Lunatic asylums in Bengal annual reports 1899-1911 - 1899-1911
Year: 1899
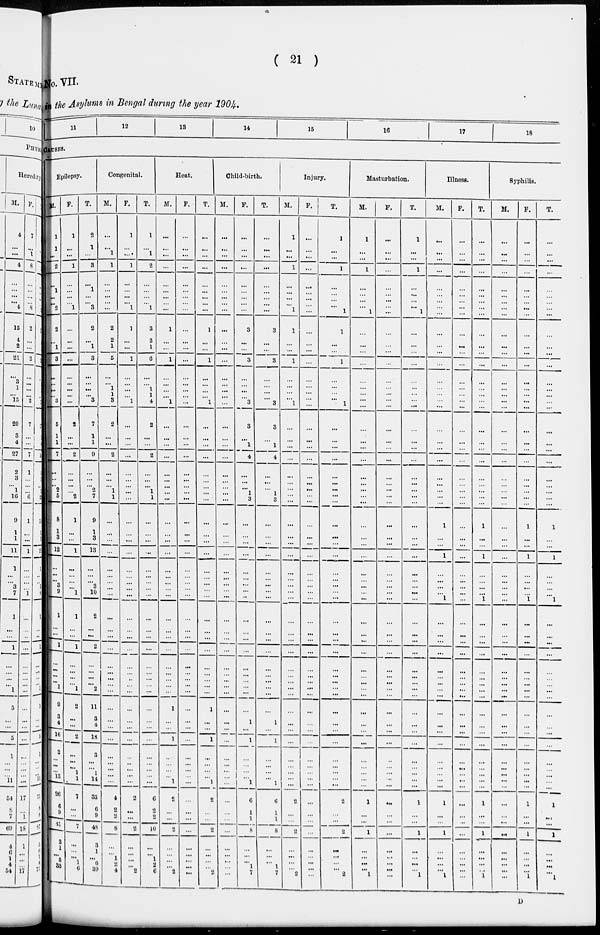
( 21 )
No. VII.
in the Asylums in Bengal during the year 1904.
11
12
13
14
15
16
17
18
CAUSES.
Epilepsy.
M.
1
1
...
2
...
1
...
...
2
2
...
1
3
...
...
...
...
3
5
1
1
7
...
...
...
2
5
8
1
3
12
...
...
...
3
9
1
...
...
1
...
...
...
...
1
9
3
4
16
3
...
...
...
13
26
6
9
41
3
1
...
5
33
F.
1
...
...
1
...
...
...
...
1
...
...
...
...
...
...
...
...
...
2
...
...
2
...
...
... ...
2
1
...
...
1
...
...
...
...
1
1
...
...
1
...
...
...
...
1
2
...
...
2
...
...
...
1
1
7
...
...
7
...
...
...
1
6
T.
2
1
...
3
...
1
...
...
3
2
...
1
3
...
...
...
...
3
7
1
1
9
...
...
...
2
7
9
1
3
13
...
...
...
3
10
2
...
...
2
...
...
...
... 2
11
3
4
18
3
...
...
1
14
33
6
9
48
3
1
...
6 39
Congenital.
M.
...
...
1
1
...
...
...
...
...
2
2
1
5
...
...
1
1
3
2
...
...
2
...
...
...
1
1
...
1
...
...
...
...
...
...
...
...
...
...
...
...
...
...
... ...
...
...
...
...
...
...
...
...
...
4
2
2
8
...
...
1
2
4
F.
1
...
...
1
...
...
...
...
1
1
...
...
1
...
...
...
...
1
...
...
...
...
...
...
...
...
...
...
...
...
...
...
...
...
...
...
...
...
...
...
...
...
...
...
...
...
...
...
...
...
...
...
...
...
2
...
...
2
...
...
...
... 2
T.
1
...
1
2
...
...
...
...
1
3
2
1
6
...
...
1
1
4
2
...
...
2
...
...
... 1
1
...
...
...
...
...
...
...
...
...
...
...
...
...
...
...
...
... ...
...
...
...
...
...
...
...
...
...
6
2
2
10
...
...
1
2 6
Heat.
M.
...
...
...
...
...
...
...
...
...
1
...
...
1
...
...
...
...
1
...
...
...
...
...
...
...
...
...
...
...
...
...
...
...
...
...
...
...
...
...
...
...
...
...
...
...
1
...
...
1
...
...
...
...
1
2
...
...
2
...
...
...
...
2
F.
...
...
...
...
...
...
...
...
...
...
...
...
...
...
...
...
...
...
...
...
...
...
...
...
...
...
...
...
...
...
...
...
...
...
...
...
...
...
...
...
...
...
...
...
...
...
...
...
...
...
...
...
...
...
...
...
...
...
...
...
...
...
...
T.
...
...
...
...
...
...
...
...
...
1
...
...
1
...
...
...
...
1
...
...
...
...
...
...
...
...
...
...
...
...
...
...
...
...
...
...
...
...
...
...
...
...
...
...
...
1
...
...
1
...
...
...
...
1
2
...
...
2
...
...
...
...
2
Child-birth.
M.
...
...
...
...
...
...
...
...
...
...
...
...
...
...
...
...
...
...
...
...
...
...
...
...
...
...
...
...
...
...
...
...
...
...
...
...
...
...
...
...
...
...
...
...
...
...
...
...
...
...
...
...
...
...
...
...
...
...
...
...
...
... ...
F.
...
...
...
...
...
...
...
...
...
3
...
...
3
...
...
...
...
3
3
...
1
4
...
...
... 1
3
...
...
...
...
...
...
...
...
...
...
...
...
...
...
...
...
...
...
...
1
...
1
...
...
...
...
1
6
1
1
3
...
...
...
1
7
T.
...
...
...
...
...
...
...
...
...
3
...
...
3
...
...
...
...
3
3
...
1
4
...
...
... 1
3
...
...
...
...
...
...
...
...
...
...
...
...
...
...
...
...
...
...
...
1
...
1
...
...
...
...
1
6
1
1
3
...
...
...
1
7
Injury.
M.
1
...
...
1
...
...
...
...
1
1
...
...
1
...
...
...
...
1
...
...
...
...
...
...
...
...
...
...
...
...
...
...
...
...
...
...
...
...
...
...
...
...
...
...
...
...
...
...
...
...
...
...
...
...
2
...
...
2
...
...
...
... 2
F.
...
...
...
...
...
...
...
...
...
...
...
...
...
...
...
...
...
...
...
...
...
...
...
...
...
...
...
...
...
...
...
...
...
...
...
...
...
...
...
...
...
...
...
...
...
...
...
...
...
...
...
...
...
...
...
...
...
...
...
...
...
...
...
T.
1
...
...
1
...
...
...
...
1
1
...
...
1
...
...
... ...
1
...
...
...
...
...
...
...
...
...
...
...
...
...
...
...
...
...
...
...
...
...
...
...
...
...
...
...
...
...
...
...
...
...
...
...
...
2
...
...
2
...
...
..
...
2
Masturbation.
M.
1
...
...
1
...
...
...
...
1
...
...
...
...
...
...
...
...
...
...
...
...
...
...
...
...
...
...
...
...
...
...
...
...
...
...
...
...
...
...
...
...
...
...
...
...
...
...
...
...
...
...
...
...
...
1
...
...
1
...
...
...
... 1
F.
...
...
...
...
...
...
...
...
...
...
...
...
...
...
...
...
...
...
...
...
...
...
...
...
...
...
...
...
...
...
...
...
...
...
...
...
...
...
...
...
...
...
...
...
...
...
...
...
...
...
...
...
...
...
...
...
...
...
...
...
...
...
...
T.
1
...
...
1
...
...
...
...
1
...
...
...
...
...
...
...
...
...
...
...
...
...
...
...
...
...
...
...
...
...
...
...
...
...
...
...
...
...
...
...
...
...
...
...
...
...
...
...
...
...
...
...
...
...
1
...
...
1
...
...
...
... 1
Illness.
M.
...
...
...
...
...
...
...
...
...
...
...
...
...
...
...
...
...
...
...
...
...
...
...
...
...
...
...
1
...
...
1
...
...
...
...
1
...
...
...
...
...
...
...
...
...
...
...
...
...
...
...
...
...
...
1
...
...
1
...
...
...
... 1
F.
...
...
...
...
...
...
...
...
...
...
...
...
...
...
...
...
...
...
...
...
...
...
...
...
...
...
...
...
...
...
...
...
...
...
...
...
...
...
...
...
...
...
...
...
...
...
...
...
...
...
...
...
...
...
...
...
...
...
...
...
...
...
...
T.
...
...
...
...
...
...
...
...
...
...
...
...
...
...
...
...
...
...
...
...
...
...
...
...
...
...
...
1
...
...
1
...
...
...
...
1
...
...
...
...
...
...
...
...
...
...
...
...
...
...
...
...
...
...
1
...
...
1
...
...
...
... 1
Syphilis.
M.
...
...
...
...
...
...
...
...
...
...
...
...
...
...
...
...
...
...
...
...
...
...
...
...
...
...
...
...
...
...
...
...
...
...
...
...
...
...
...
...
...
...
...
...
...
...
...
...
...
...
...
...
...
...
...
...
...
...
...
...
...
...
...
F.
...
...
...
...
...
...
...
...
...
...
...
...
...
...
...
...
...
...
...
...
...
...
...
...
...
...
...
1
...
...
1
...
...
...
...
1
...
...
...
...
...
...
...
...
...
...
...
...
...
...
...
...
...
...
1
...
...
1
...
...
...
... 1
T.
...
...
...
...
...
...
...
...
...
...
...
...
...
...
...
...
...
...
...
...
...
...
...
...
...
...
...
1
...
...
1
...
...
...
...
1
...
...
...
...
...
...
...
...
...
...
...
...
...
...
...
...
...
...
1
...
...
1
...
...
...
...
1